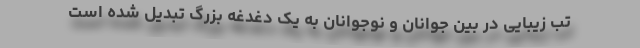
تب زیبایی در بین جوانان و نوجوانان به یک دغدغه بزرگ تبدیل شده است